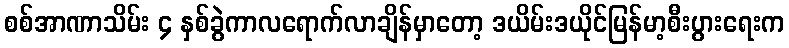
စစ်အာဏာသိမ်း ၄ နှစ်ခွဲကာလရောက်လာချိန်မှာတော့ ဒယိမ်းဒယိုင်မြန်မာ့စီးပွားရေးက